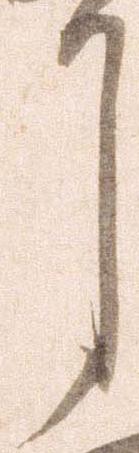
月